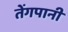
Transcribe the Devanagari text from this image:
तेंगपानी